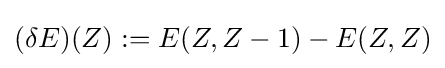
(\delta E)(Z):=E(Z,Z-1)-E(Z,Z)